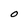
Character: O